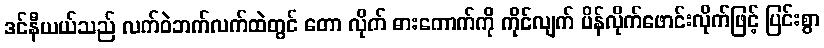
ဒင်နီယယ်သည် လက်ဝဲဘက်လက်ထဲတွင် တော လိုက် ဓားကောက်ကို ကိုင်လျက် ပိန်လိုက်ဖောင်းလိုက်ဖြင့် ပြင်းစွာ